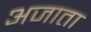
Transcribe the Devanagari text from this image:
अजाता